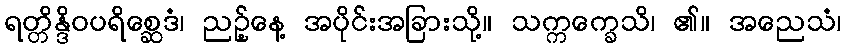
ရတ္တိန္ဒိဝပရိစ္ဆေဒံ၊ ညဉ့်နေ့ အပိုင်းအခြားသို့။ သက္ကက္ခေသိ၊ ၏။ အညေသံ၊